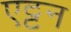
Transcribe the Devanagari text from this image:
एट्टन